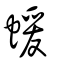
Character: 蝯